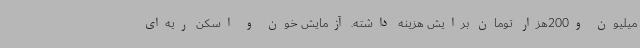
میلیون و200هزار تومان برایش هزینه داشته. آزمایش خون و اسکن ریه‌ای